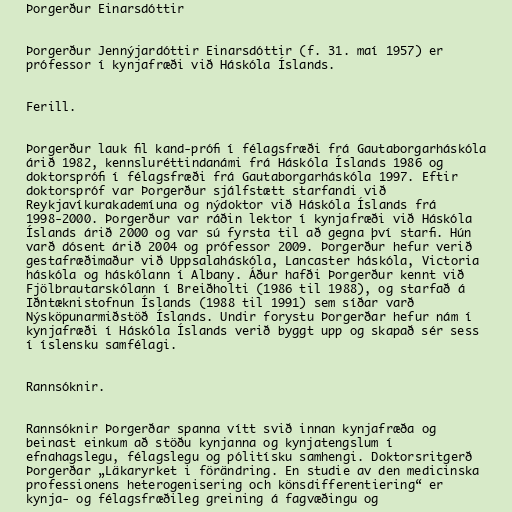
Þorgerður Einarsdóttir

Þorgerður Jennýjardóttir Einarsdóttir (f. 31. maí 1957) er
prófessor í kynjafræði við Háskóla Íslands.

Ferill.

Þorgerður lauk fil kand-prófi í félagsfræði frá Gautaborgarháskóla
árið 1982, kennsluréttindanámi frá Háskóla Íslands 1986 og
doktorsprófi í félagsfræði frá Gautaborgarháskóla 1997. Eftir
doktorspróf var Þorgerður sjálfstætt starfandi við
Reykjavíkurakademíuna og nýdoktor við Háskóla Íslands frá
1998-2000. Þorgerður var ráðin lektor í kynjafræði við Háskóla
Íslands árið 2000 og var sú fyrsta til að gegna því starfi. Hún
varð dósent árið 2004 og prófessor 2009. Þorgerður hefur verið
gestafræðimaður við Uppsalaháskóla, Lancaster háskóla, Victoria
háskóla og háskólann í Albany. Áður hafði Þorgerður kennt við
Fjölbrautarskólann í Breiðholti (1986 til 1988), og starfað á
Iðntæknistofnun Íslands (1988 til 1991) sem síðar varð
Nýsköpunarmiðstöð Íslands. Undir forystu Þorgerðar hefur nám í
kynjafræði í Háskóla Íslands verið byggt upp og skapað sér sess
í íslensku samfélagi.

Rannsóknir.

Rannsóknir Þorgerðar spanna vítt svið innan kynjafræða og
beinast einkum að stöðu kynjanna og kynjatengslum í
efnahagslegu, félagslegu og pólitísku samhengi. Doktorsritgerð
Þorgerðar „Läkaryrket i förändring. En studie av den medicinska
professionens heterogenisering och könsdifferentiering“ er
kynja- og félagsfræðileg greining á fagvæðingu og